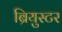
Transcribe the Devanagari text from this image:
ब्रियुस्टर